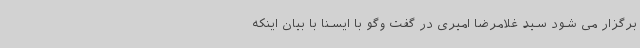
برگزار می شود سید غلامرضا امیری در گفت وگو با ایسنا با بیان اینکه